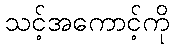
သင့်အကောင့်ကို